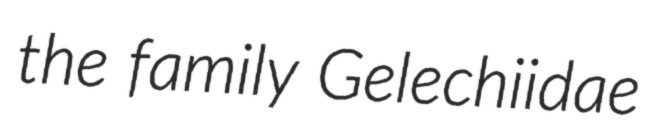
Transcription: the family Gelechiidae